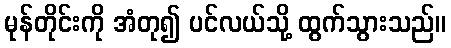
မုန်တိုင်းကို အံတု၍ ပင်လယ်သို့ ထွက်သွားသည်။